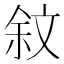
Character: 𣁏